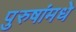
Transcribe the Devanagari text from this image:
पुरुषांमधे